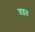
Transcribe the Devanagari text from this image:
तद्वत